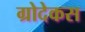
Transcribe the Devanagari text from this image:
ग्रोदेकस